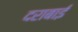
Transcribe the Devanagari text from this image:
दराबाई